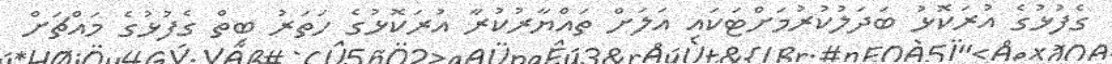
ގެފުޅުގެ އުރަކޮޅު ބަދަލުކުރުމަށްޓަކައި އަލަށް ތައްޔާރުކުރާ އުރަކޮޅުގެ ހަތަރު ބިތް ގެފުޅުގެ މައްޗަށް